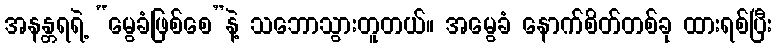
အနန္တရရဲ့ “မွေခံဖြစ်စေ”နဲ့ သဘောသွားတူတယ်။ အမွေခံ နောက်စိတ်တစ်ခု ထားရစ်ပြီး